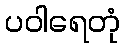
ပဝါရေတုံ